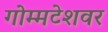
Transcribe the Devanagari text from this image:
गोम्मटेशवर